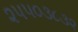
૨૫૫૦૩૮૩૨